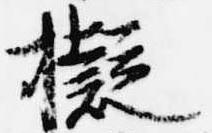
擬